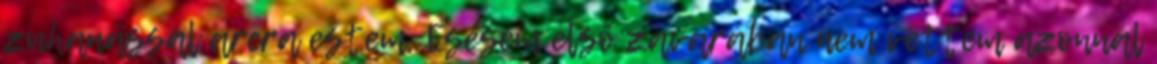
zuhanással arcra estem. Esésem első zavarában nem vettem azonnal